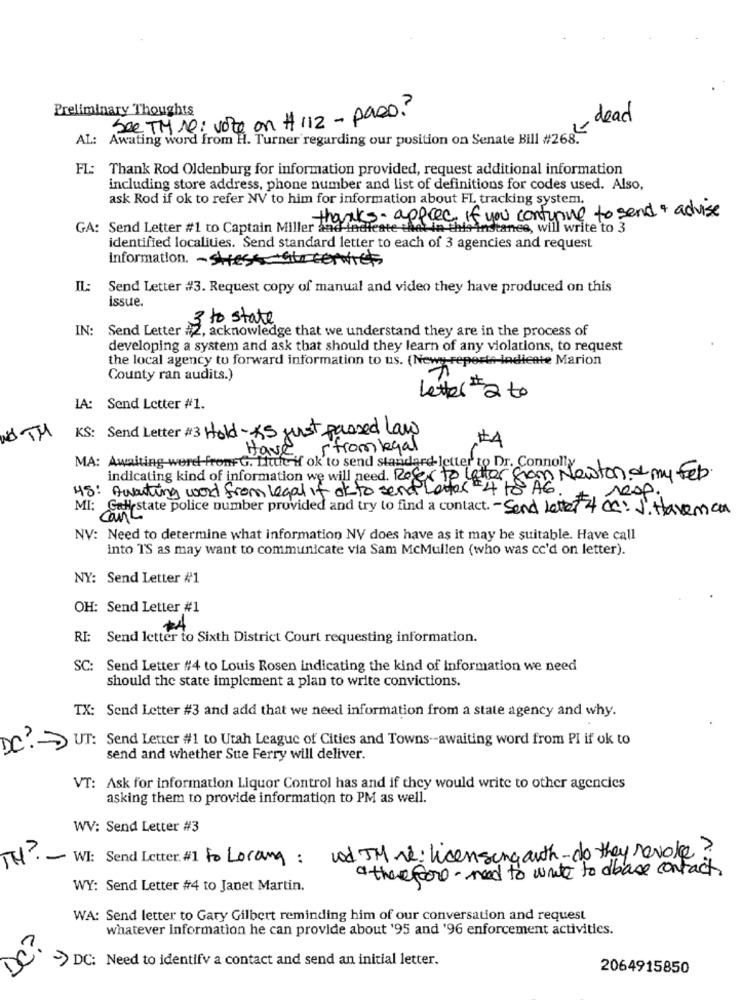
Preliminary Thoughts
See TH 10: vote on # 112 - paso?
dead
AL: Awating word from H. Turner regarding our position on Senate Bill #268.
FL: Thank Rod Oldenburg for information provided, request additional information
including store address, phone number and list of definitions for codes used. Also,
ask Rod if ok to refer NV to him for information about FL tracking system.
thanks- apprec if you continue to send + advise
GA: Send Letter #1 to Captain Miller and inchieste thet in this instance, will write to 3
identified localities. Send standard letter to each of 3 agencies and request
Information. - SHessere
IL:
Send Letter #3. Request copy of manual and video they have produced on this
issue.
3 to state
IN:
Send Letter #2, acknowledge that we understand they are in the process of
developing a system and ask that should they learn of any violations, to request
the local agency to forward information to us. (Newy reporte-indicate Marion
County ran audits.)
Letter # 2 to
LA: Send Letter #1.
Nd TH
KS: Send Letter #3 Hold - * S just passed law
Have
stromlegal
MA: Awaiting word from+G. Little if ok to send standard letter to Dr. Connon stond my feb.
indicating kind of information we will need. Refer to letter &
HS: Awaiting word from legal if ok to send Letter -4 ts AG
resp.
MI: Gallystate police number provided and try to find a contact. - Send letter 4 cc: J. Haveman
NV: Need to determine what information NV does have as it may be suitable. Have call
into TS as may want to communicate via Sam McMullen (who was cc'd on letter).
NY: Send Letter #1
OH: Send Letter #1
RI: Send letter to Sixth District Court requesting information.
SC: Send Letter #4 to Louis Rosen indicating the kind of Information we need
should the state implement a plan to write convictions.
TX: Send Letter #3 and add that we need information from a state agency and why.
DC: > UT: Send Letter #1 to Utah League of Cities and Towns-awaiting word from PI if ok to
send and whether Sue Ferry will deliver.
VT: Ask for information Liquor Control has and if they would write to other agencies
asking them to provide information to PM as well.
WV: Send Letter #3
TH?
WI: Send Letter.#1 to Lorang: und IM re: licensing auth- do they revolve?
" therefore - need to write to abase contact
WY: Send Letter #4 to Janet Martin.
WA: Send letter to Gary Gilbert reminding him of our conversation and request
whatever information he can provide about '95 and '96 enforcement activities.
>> DC: Need to identify a contact and send an initial letter.
2064915850